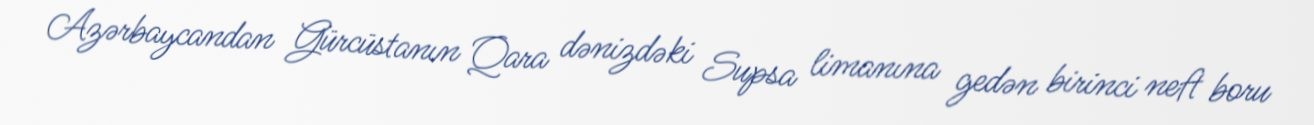
Azərbaycandan Gürcüstanın Qara dənizdəki Supsa limanına gedən birinci neft boru